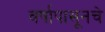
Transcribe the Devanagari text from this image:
वर्षापासूनचे